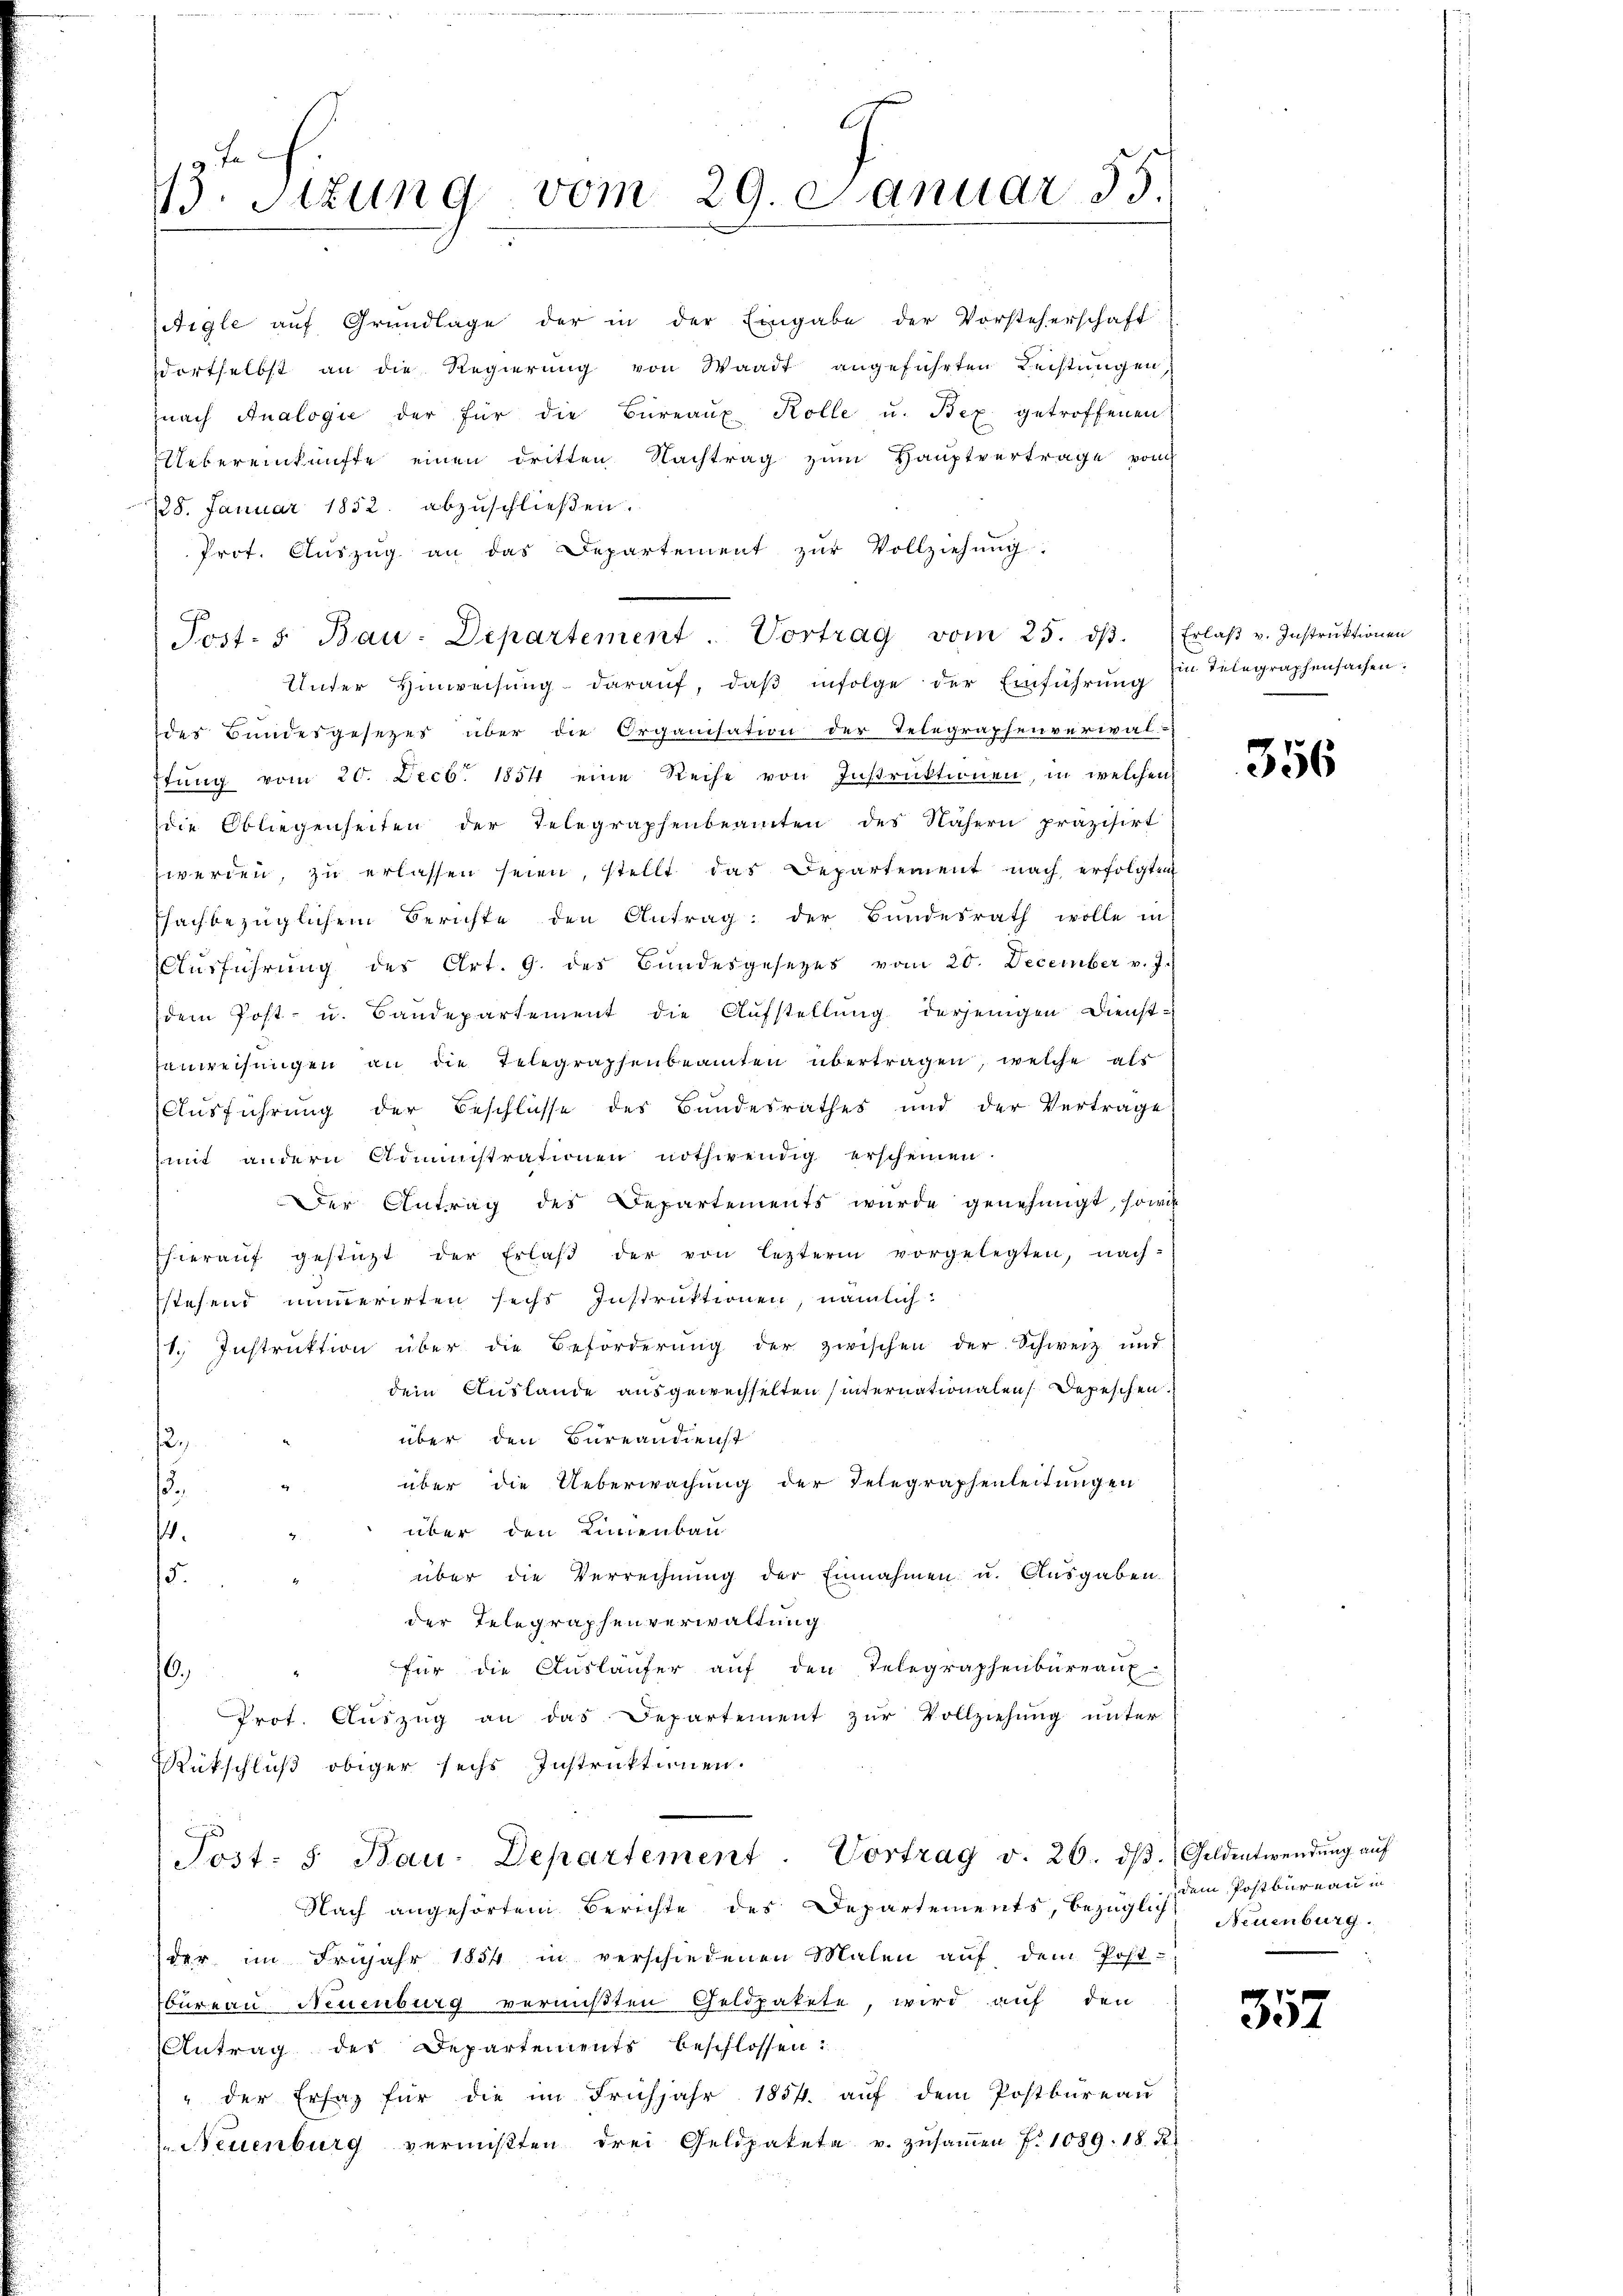
73. Stzung vom 29. Januar 35.

Aigle auf Grundlage der in der Eingabe der Vorsteherschaft
dortselbst an die Regierŭng von Waadt angeführten Rechtungen,
nach Analogie der für die Büreaŭ Kolle u. Bex getroffenen
Uebereinkünfte einen dritten Nachtrag zum Hauptvertrage vor
228. Januar 1832. abzuschlieβen.
Prot. Aŭszŭg an das Departement zŭr Vollziehŭng.
Unter Hinweisŭng daraŭf, daβ infolge der Einführŭng
der Bundesgesezes über die Organisation der Telegraphenverwaltŭng vom 20. Decb. 1854 eine Reihe von Instrŭktionen, in welchen
die Obliegenheiten der Telegraphenbeamten des Nähern präzisirt
werden, zu erlassen seien, stellt das Departement nach erfolgten
ffachbezüglichem Berichte den Antrag: der Bundesrath wolle in
Aŭsführŭng des Art. 9. des Bundesgesetzes vom 20. December v. J.
dem Post- u. Bandepartement die Aŭfstellŭng derjenigen Dienst-
sanweisungen an die Telegraphenbeamten übertragen, welche als
Ausführung der Beschlüsse des Bundesrathes und der Vertrage
mit andern Administrationen nothwendig erscheinen.
Der Antrag des Departements wurde genehmigt, sowie
hieraŭf gestützt der Erlaβ der von lezterm vorgelegten, nach-
stehend immerirten sechs Instruktionen, nämlich:
1. Instrŭktion über die Beförderŭng der zwischen der Schweiz und
dem Auslande ausgewechselten internationalen Depeschen
über den Bureandienst
e
über die Ueberwachung der Telegraphenleitungen
.
über den Linienbau
.
über die Verrechnung der Einnahmen u. Ausgaben.
15.
der Telegraphenverwaltung
für die Ausläufer auf den Telegraphenbureau-
6.,
Prot. Aŭszŭg an das Departement zŭr Vollziehung unter
Rückschluß obiger sechs Instruktionen.
Post. S. Bau-Departement. Vortrag v. 26. dβ. Geldentwendŭng aŭf
Nach angehörten Berichte des Departements, bezüglich
der im Früjahr 1854 in verschiedenen Malen aŭf dem Post-
bureau Neuenburg vermißten Geldpatete, wird auf den
Antrag des Departements beschlossen:
" der Erfag für die im Frühjahr 1884. aŭf dem Postbüreau
 Neuenburg vermißten drei Geldpakete u. zŭsaṁen 7. 1089. 18. Fe

Post- u Bau-Departement. Vortrag vom 25. dβ. Erlaβ v. Instrŭktionen

Ein Telegraphensachen.

356

dem Postbureau in
Neuenburg.

357